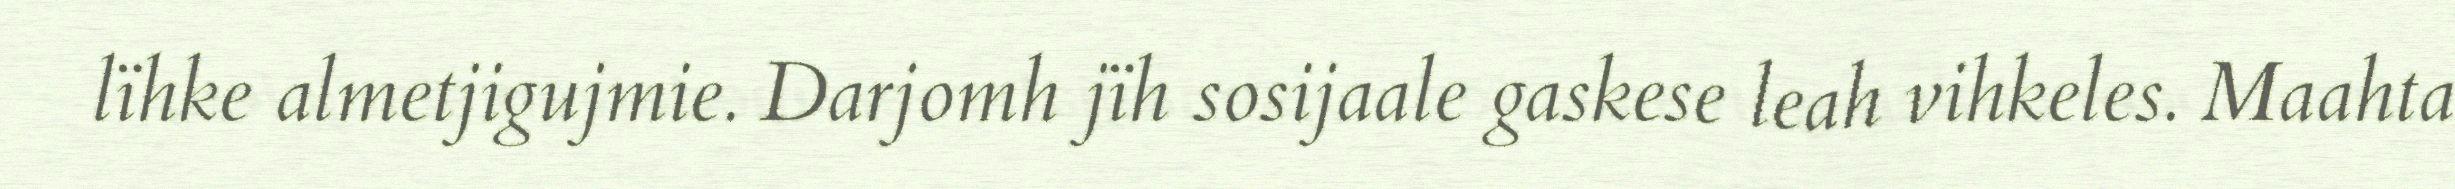
lïhke almetjigujmie. Darjomh jïh sosijaale gaskese leah vihkeles. Maahta